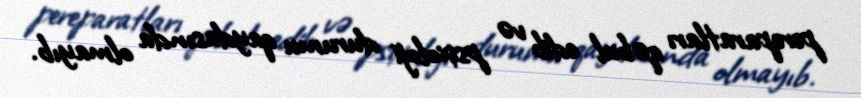
pereparatları qəbul edib və psixoloji durumu qaydasında olmayıb.